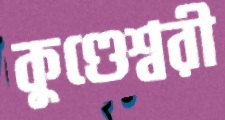
কুণ্ডেশ্বরী